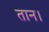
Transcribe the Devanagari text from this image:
तान।